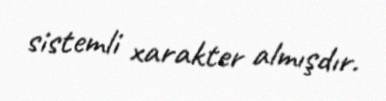
sistemli xarakter almışdır.